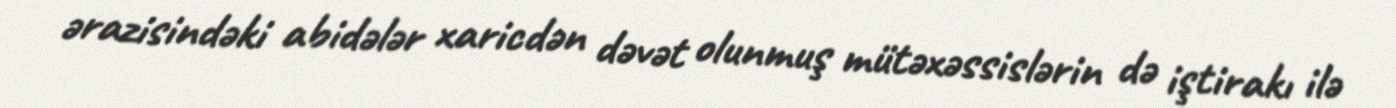
ərazisindəki abidələr xaricdən dəvət olunmuş mütəxəssislərin də iştirakı ilə